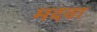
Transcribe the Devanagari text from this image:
मदवा